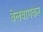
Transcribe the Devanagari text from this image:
बेलबागकर